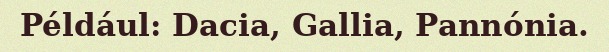
Például: Dacia, Gallia, Pannónia.